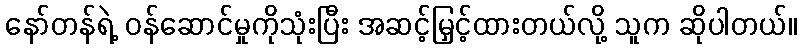
နော်တန်ရဲ့ ဝန်ဆောင်မှုကိုသုံးပြီး အဆင့်မြှင့်ထားတယ်လို့ သူက ဆိုပါတယ်။